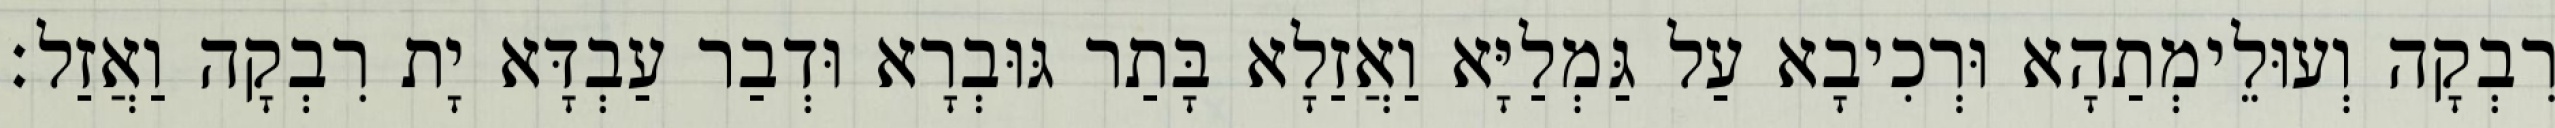
רִבְקָה וְעוּלֵימְתַהָא וּרְכִיבָא עַל גַּמְלַיָּא וַאֲזַלָא בָּתַר גּוּבְרָא וּדְבַר עַבְדָּא יָת רִבְקָה וַאֲזַל׃